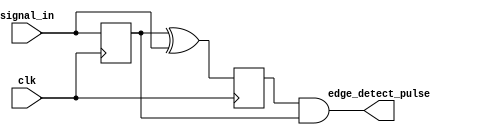
`timescale 1ns/1ns

module edge_detector #(
  parameter WIDTH = 1
)(
  input clk,
  input [WIDTH-1:0] signal_in,
  output [WIDTH-1:0] edge_detect_pulse
);

  // TODO: implement a multi-bit edge detector that detects a rising edge of 'signal_in[x]'
  // and outputs a one-cycle pulse 'edge_detect_pulse[x]' at the next clock edge
  // Feel free to use as many number of registers you like
    reg [WIDTH-1:0] signal_latched;
    reg [WIDTH-1:0] edge_reg;
    assign edge_detect_pulse = edge_reg & signal_latched;

    always@(posedge clk) begin
        signal_latched <= signal_in;
        edge_reg <= signal_latched ^ signal_in;
    end

endmodule